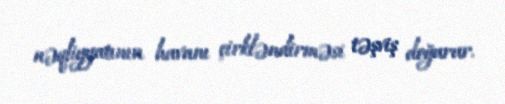
nəqliyyatının havanı çirkləndirməsi təşviş doğurur.